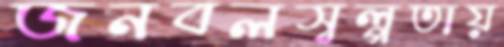
জনবলস্বল্পতায়